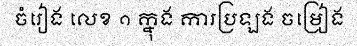
ចំរៀង លេខ ១ ក្នុង ការប្រឡង ចម្រៀង